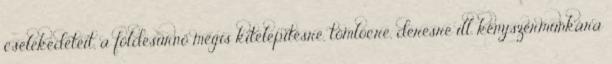
cselekedeteit, a földesúrnő mégis kitelepítésre, tömlöcre, deresre ill. kényszermunkára